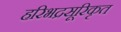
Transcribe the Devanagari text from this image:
हरिभद्रसूरिकृत